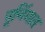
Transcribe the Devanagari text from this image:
पूर्णिमात